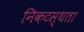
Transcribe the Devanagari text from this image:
निकटस्थता